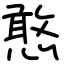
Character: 憨